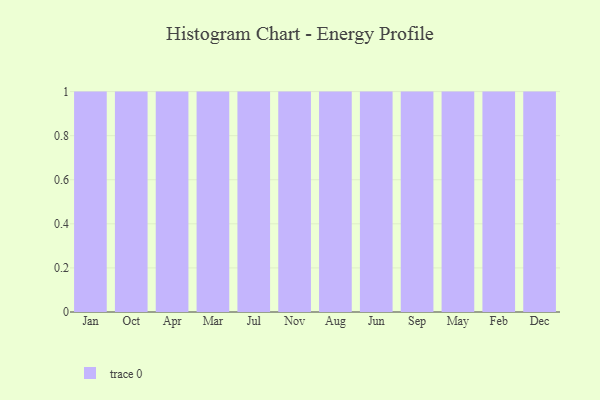
{"axis": {"x": "Month", "y": "Churn Rate (%)"}, "legend": [""], "data": [{"x": "Jan", "y": 20, "type": ""}, {"x": "Oct", "y": 18, "type": ""}, {"x": "Apr", "y": 18, "type": ""}, {"x": "Mar", "y": 98, "type": ""}, {"x": "Jul", "y": 42, "type": ""}, {"x": "Nov", "y": 2, "type": ""}, {"x": "Aug", "y": 55, "type": ""}, {"x": "Jun", "y": 76, "type": ""}, {"x": "Sep", "y": 1, "type": ""}, {"x": "May", "y": 38, "type": ""}, {"x": "Feb", "y": 92, "type": ""}, {"x": "Dec", "y": 13, "type": ""}]}